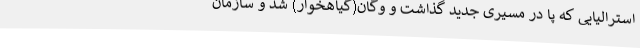
استرالیایی که پا در مسیری جدید گذاشت و وگان(گیاهخوار) شد و سازمان